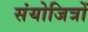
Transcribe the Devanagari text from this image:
संयोजित्रों